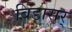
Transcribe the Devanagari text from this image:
बिडासर्